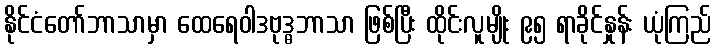
နိုင်ငံတော်ဘာသာမှာ ထေရေဝါဒဗုဒ္ဓဘာသာ ဖြစ်ပြီး ထိုင်းလူမျိုး ၉၅ ရာခိုင်နှုန်း ယုံကြည်